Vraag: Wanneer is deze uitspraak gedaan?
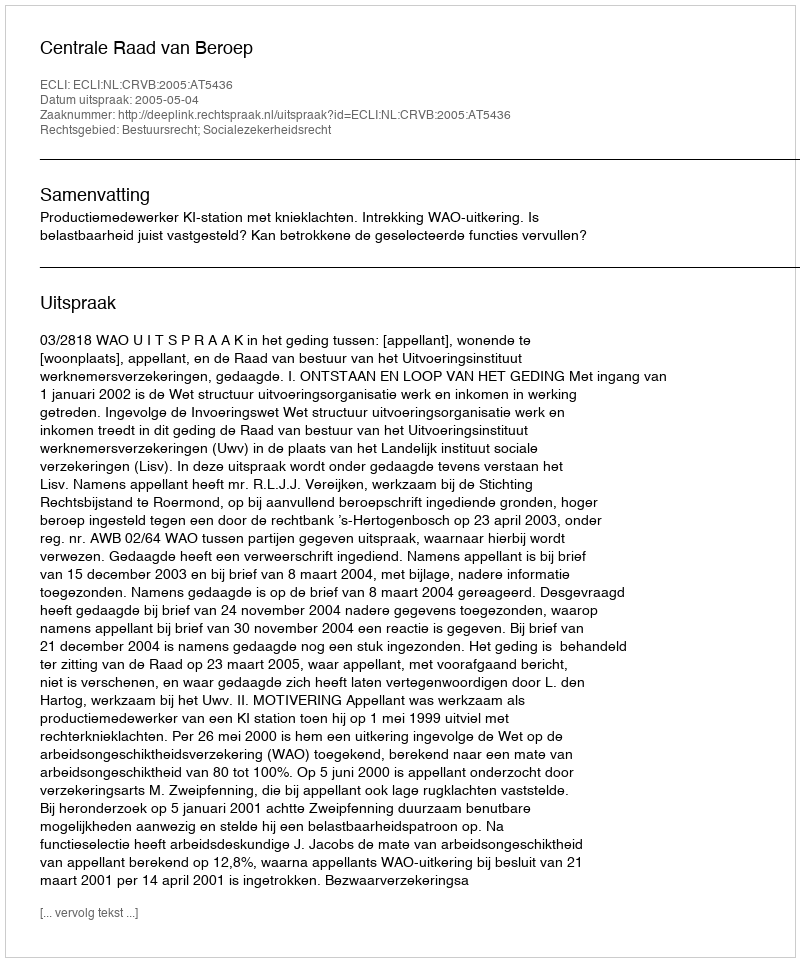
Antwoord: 2005-05-04